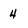
Character: 4